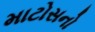
માટોસનો